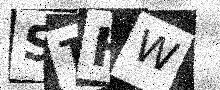
Text: STHW